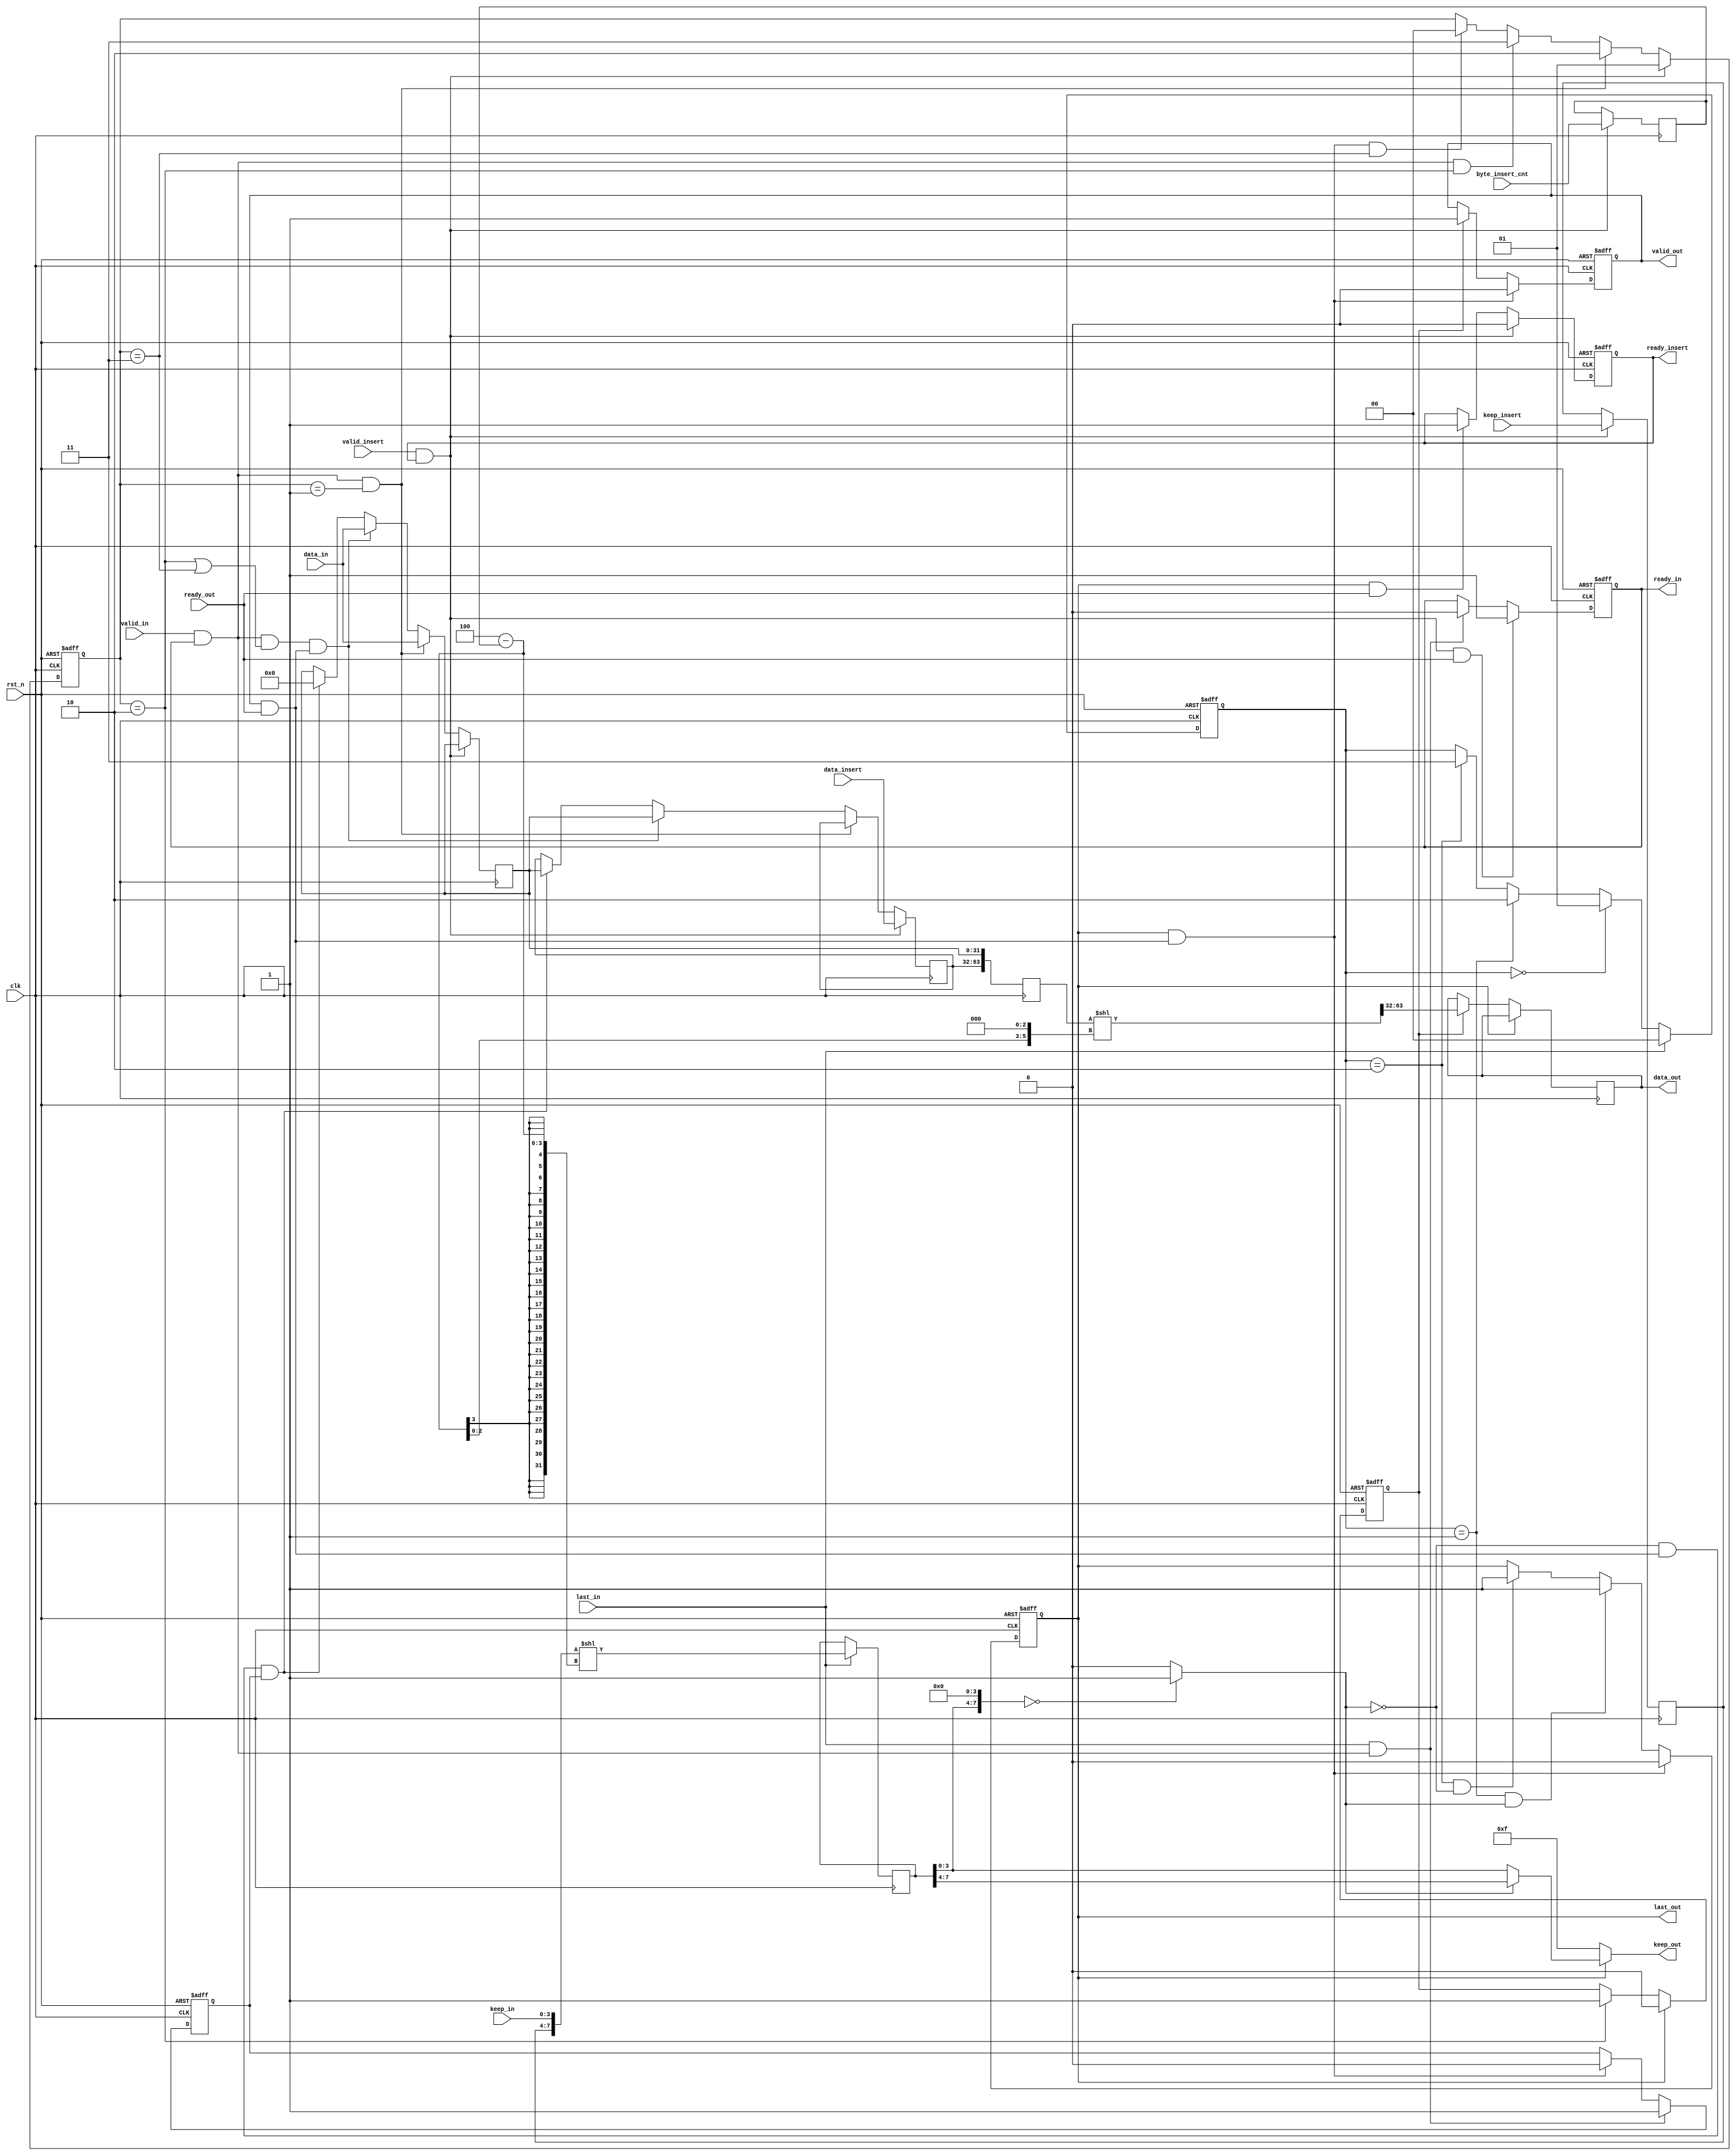
module axi_stream_insert_header #(
    parameter DATA_WD = 32,
    parameter DATA_BYTE_WD = DATA_WD / 8,
    parameter BYTE_CNT_WD = $clog2(DATA_BYTE_WD)
) (
    input                       clk             ,
    input                       rst_n           ,
    // AXI Stream input original data
    input                       valid_in        ,
    input [DATA_WD-1 : 0]       data_in         ,
    input [DATA_BYTE_WD-1 : 0]  keep_in         ,
    input                       last_in         ,
    output                      ready_in        ,
    // AXI Stream output with header inserted
    output                      valid_out       ,
    output [DATA_WD-1 : 0]      data_out        ,
    output [DATA_BYTE_WD-1 : 0] keep_out        ,
    output                      last_out        ,
    input                       ready_out       ,
    // The header to be inserted to AXI Stream input
    input                       valid_insert    ,
    input [DATA_WD-1 : 0]       data_insert     ,
    input [DATA_BYTE_WD-1 : 0]  keep_insert     ,
    input [BYTE_CNT_WD : 0]   byte_insert_cnt ,
    output                      ready_insert
    );

    /****************outputregisters**************/
    reg                       r_ready_in        ;
    reg                       r_valid_out       ;
    reg  [DATA_WD-1 : 0]      r_data_out        ;
    reg  [DATA_BYTE_WD-1 : 0] r_keep_out        ;
    reg                       r_last_out        ;
    reg                       r_ready_insert    ;
    assign ready_in        =  r_ready_in        ;
    assign valid_out       =  r_valid_out       ;
    assign data_out        =  r_data_out        ;
    assign keep_out        =  r_keep_out        ;
    assign last_out        =  r_last_out        ;
    assign ready_insert    =  r_ready_insert    ;

    //
    localparam BUFFER_W = 2*DATA_WD;
    localparam DOUBLE_DATA_BYTY_WD = 2*DATA_BYTE_WD;
    genvar i;
    /*******************************/
    wire shake_in,shake_insert,shake_out;
    assign shake_in = valid_in && ready_in;
    assign shake_insert = valid_insert && ready_insert;
    assign shake_out = valid_out && ready_out;

    /*******************************/
    //ready_insertinsert,:shake_insert=1 -> ready_insert,ready_in
    //last_inshake_inready_in
    //ready_in
    always @(posedge clk or negedge rst_n) begin
        if(!rst_n) begin
            r_ready_in <= 1'b0;
        end
        else begin
            if(shake_insert == 1'b1 && ready_out == 1) begin
                r_ready_in <= 1'b1;
            end
            else if(last_in && shake_in)
                r_ready_in <= 1'b0;
        end
    end
    //ready_insert
    always @(posedge clk or negedge rst_n) begin
        if(!rst_n) begin
            r_ready_insert <= 1'b1;
        end
        else begin
            if(shake_insert == 1'b1)
                r_ready_insert <= 1'b0;//TODO
            else if(last_out && ready_out == 1)
                r_ready_insert <= 1'b1;
        end
    end

    reg latent;//last_inlast_out
    always@(posedge clk or negedge rst_n) begin
        if(~rst_n)
            latent <= 0;
        else if(last_in && shake_in)
            latent <= 1;
        else if(last_out && shake_out)
            latent <= 0;
    end
    /*****************************/
    reg [1:0] first_data_flag;
    //flag1data
    always @(posedge clk or negedge rst_n) begin
        if(!rst_n)
            first_data_flag <= 'd0;
        else begin
            if(shake_insert)
                first_data_flag <= 'd1;
            else if(shake_in && first_data_flag =='d1)
                first_data_flag <= 'd2;
            else if(shake_in && first_data_flag =='d2)
                first_data_flag <= 'd3;
            else if(last_out && shake_out && first_data_flag == 'd3)
                first_data_flag <= 'd0;
        end
    end
    /*****************last_in**************/
    reg [1:0] last_data_flag;
    always @(posedge clk or negedge rst_n) begin
        if(!rst_n)
            last_data_flag <= 'd0;
        else begin
            if(last_in)
                last_data_flag <= 'd0;
            else if(last_data_flag == 'd0)
                last_data_flag <= 'd1;
            else if(last_data_flag == 'd1)
                last_data_flag <= 'd2;
            else if(last_data_flag == 'd2)
                last_data_flag <= 'd3;
        end
    end
    /***************insert***************/
    reg [DATA_BYTE_WD-1 : 0]r_keep_insert     ;
    reg [BYTE_CNT_WD : 0]   r_byte_insert_cnt ;
    always @(posedge clk) begin
        if(shake_insert) begin//TODO
            r_keep_insert <= keep_insert;
            r_byte_insert_cnt <= byte_insert_cnt;
        end
        else begin
            r_keep_insert <= r_keep_insert;
            r_byte_insert_cnt <= r_byte_insert_cnt;
        end
    end
    /***************keep_out******************/
    reg [DOUBLE_DATA_BYTY_WD-1:0] double_wide_keep;
    wire last_less_flag;//
    wire [DATA_BYTE_WD-1:0] w_keep_out;
    always @(posedge clk) begin
        if(last_in)
            double_wide_keep <= ({r_keep_insert,keep_in} << (DATA_BYTE_WD - r_byte_insert_cnt));
            //00000111 11000000 -> 0000011111000000 -> 1111100000000000 -> 80
            //0keep_out8
    end
    wire [DOUBLE_DATA_BYTY_WD-1:0]test_lastflag = double_wide_keep << DATA_BYTE_WD;
    assign last_less_flag = (test_lastflag == 'd0) ? 1 : 0;//1
    assign w_keep_out = last_less_flag ? double_wide_keep[(DOUBLE_DATA_BYTY_WD-1)-:DATA_BYTE_WD] : double_wide_keep[0+:DATA_BYTE_WD];
    assign keep_out = last_out ? w_keep_out : {DATA_BYTE_WD{1'b1}};

    //**************data_out**************/
    reg [BUFFER_W-1:0]  data_double_wide_buffer;
    reg [DATA_WD-1:0]   buffer_high;
    reg [DATA_WD-1:0]   buffer_low;
    reg out_period;//out
    wire [BYTE_CNT_WD+3:0] left_num;
    wire [BUFFER_W-1:0] shift_buffer;
    assign left_num = (DATA_BYTE_WD - r_byte_insert_cnt) << 3;//
    assign shift_buffer = data_double_wide_buffer << left_num;
    //out_period
    always @(posedge clk or negedge rst_n) begin
        if(!rst_n) begin
            out_period <= 'd0;
        end
        else begin
            if(last_out == 'd1)
                out_period <= 'd0;
            else if(first_data_flag == 'd2)
                out_period <= 'd1;
        end
    end
    //
    always @(posedge clk) begin
        data_double_wide_buffer <= {buffer_high,buffer_low};
    end
    //
    always @(posedge clk) begin
        if(shake_insert) begin
            buffer_high <= data_insert;
            buffer_low <= buffer_low;
        end
        else begin
            if(shake_insert) begin
                buffer_high <= data_insert;
                buffer_low <= buffer_low;
            end
            else if(shake_in && first_data_flag == 'd1) begin //
                buffer_high <= buffer_high;
                buffer_low <= data_in;
            end
            else if(shake_in && (first_data_flag == 'd2 || first_data_flag == 'd3) && shake_out) begin//,data_in
                buffer_high <= buffer_low;
                buffer_low <= data_in;
            end
            else if(last_less_flag == 'd0 && shake_out && latent == 1) begin//
                buffer_high <= buffer_low;
                buffer_low <= 'd0;
            end
        end
    end
    //8*byte_cnt_insert
    always @(posedge clk) begin
        if(last_out)
            r_data_out <= r_data_out;
        else if(out_period)
            r_data_out <= shift_buffer[(BUFFER_W-1)-:DATA_WD];
    end
    //**************last_out*************/
    reg r1_last_in;
    reg r2_last_in;
    always @(posedge clk or negedge rst_n) begin
        if(!rst_n) begin
            r1_last_in <= 'd0;
            r2_last_in <= 'd0;
        end
        else begin
            if(shake_out) begin
                r1_last_in <= last_in;
                r2_last_in <= r1_last_in;
            end
        end
    end
    always @(posedge clk or negedge rst_n) begin
        if(!rst_n)
            r_last_out <= 'd0;
        else begin
            if(r_last_out && shake_out)//
                r_last_out <= 'd0;
            else if(last_data_flag == 'd1 && last_less_flag == 'd1)//
                r_last_out <= 'd1;
            else if(last_data_flag == 'd2 && last_less_flag == 'd0)//
                r_last_out <= 'd1;
        end
    end
    //*************valid_out**************
    always @(posedge clk or negedge rst_n) begin
        if(!rst_n)
            r_valid_out <= 'd0;
        else begin
            if(r_last_out && shake_out)
                r_valid_out <= 'd0;
            else if(out_period == 'd1)
                r_valid_out <= 'd1;
        end
    end
endmodule